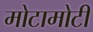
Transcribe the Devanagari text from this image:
मोटामोटी